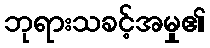
ဘုရားသခင့်အမှု၏